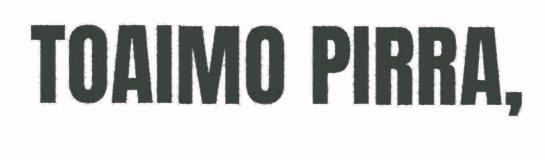
TOAIMO PIRRA,